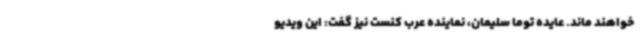
خواهند ماند. عایده توما سلیمان، نماینده عرب کنست نیز گفت: این ویدیو